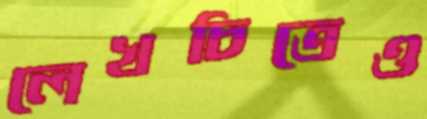
লেখচিত্রেও